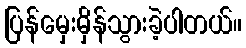
ပြန်မှေးမှိန်သွားခဲ့ပါတယ်။